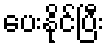
ပေးနိုင်ပြီး